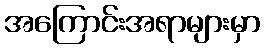
အကြောင်းအရာများမှာ